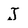
Character: J